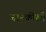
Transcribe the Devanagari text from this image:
जानकीशी